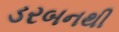
ડરબનથી